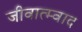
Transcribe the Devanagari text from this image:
जीवात्म्वाद